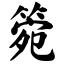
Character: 箢